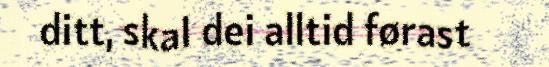
ditt, skal dei alltid førast